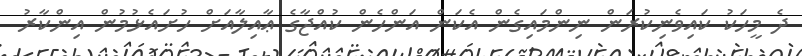
ދެ މީހަކު ކައިވެނިކުރަން ނިންމައިގެން އެކަން އަންހެން ކުއްޖާގެ ޢާއިލާއަށް ހުށައެޅުމުން އިންކާރު